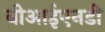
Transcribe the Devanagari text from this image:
बीआईएनडी